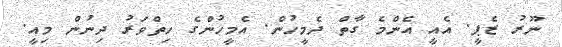
ނޫރު ޒެޕީ. އެއީ އެންމެ ގާތް ދެމީހުން. އެމީހުންގެ ހިތްވަރު ދިނުން މިއީ.